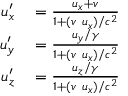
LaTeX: \begin{array} { r l } { u _ { x } ^ { \prime } } & { { } = { \frac { u _ { x } + v } { 1 + ( v \ u _ { x } ) / c ^ { 2 } } } } \\ { u _ { y } ^ { \prime } } & { { } = { \frac { u _ { y } / \gamma } { 1 + ( v \ u _ { x } ) / c ^ { 2 } } } } \\ { u _ { z } ^ { \prime } } & { { } = { \frac { u _ { z } / \gamma } { 1 + ( v \ u _ { x } ) / c ^ { 2 } } } } \end{array}